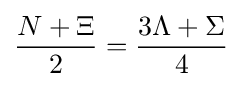
{\frac {N+\Xi }{2}}={\frac {3\Lambda +\Sigma }{4}}